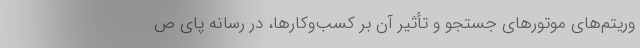
وریتم‌های موتورهای جستجو و تأثیر آن بر کسب‌وکارها، در رسانه پای ص